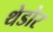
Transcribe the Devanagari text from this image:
थेडोर